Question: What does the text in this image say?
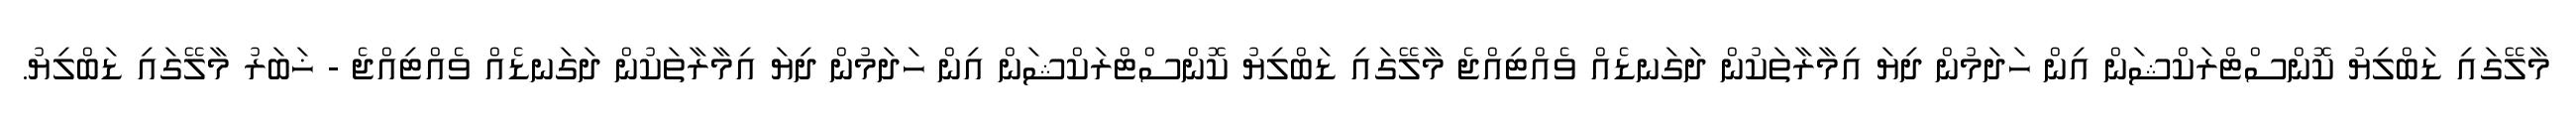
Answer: މާލޭގައި ޑަބްލިޔު ކޮންސްޓްރަކްޝަން އިން ހަދަމުން ދިޔަ އިމާރާތަކުން ދަގަނޑެއް ވެއްޓިއްޖެ މާލޭގައި ޑަބްލިޔު ކޮންސްޓްރަކްޝަން އިން ހަދަމުން ދިޔަ އިމާރާތަކުން ދަގަނޑެއް ވެއްޓިއްޖެ - ޚަބަރު މާލޭގައި ޑަބްލިޔު.